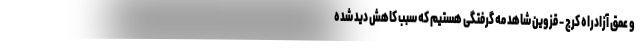
و عمق آزادراه کرج - قزوین شاهد مه گرفتگی هستیم که سبب کاهش دید شده